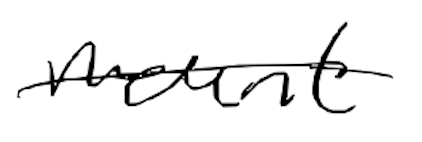
Text: mount
Cross-out: single-line
Writing tool: digital_black